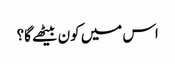
اس میں کون بیٹھے گا؟